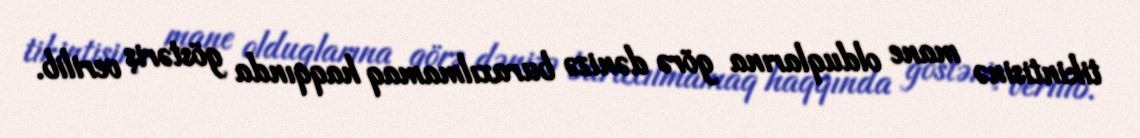
tikintisinə mane olduqlarına görə dənizə buraxılmamaq haqqında göstəriş verilib.